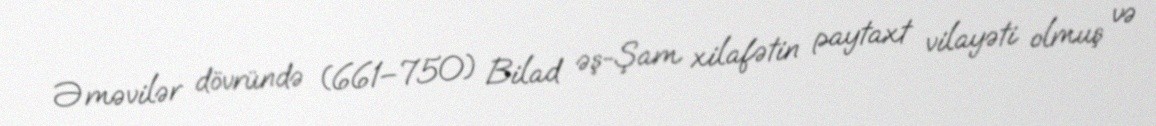
Əməvilər dövründə (661–750) Bilad əş-Şam xilafətin paytaxt vilayəti olmuş və